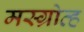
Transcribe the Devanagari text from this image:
मस्ग्रोव्ह